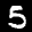
Label: 5